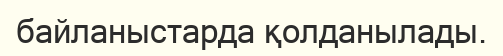
байланыстарда қолданылады.